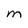
Character: M